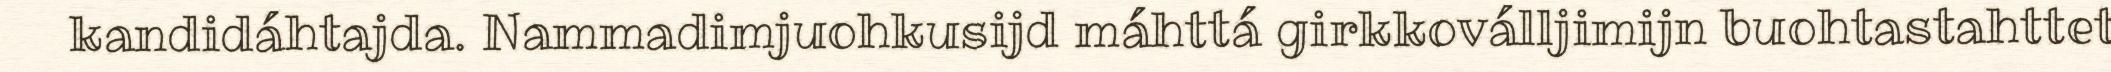
kandidáhtajda. Nammadimjuohkusijd máhttá girkkoválljimijn buohtastahttet